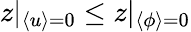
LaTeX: z|_{\langle u\rangle=0}\leq z|_{\langle\phi\rangle=0}